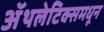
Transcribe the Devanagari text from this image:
ॲथलेटिक्समधून